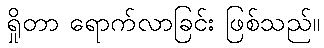
ရှိုတာ ရောက်လာခြင်း ဖြစ်သည်။